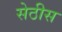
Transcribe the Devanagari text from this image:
सेठीस